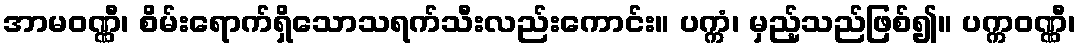
အာမဝဏ္ဏီ၊ စိမ်းရောက်ရှိသောသရက်သီးလည်းကောင်း။ ပက္ကံ၊ မှည့်သည်ဖြစ်၍။ ပက္ကဝဏ္ဏီ၊